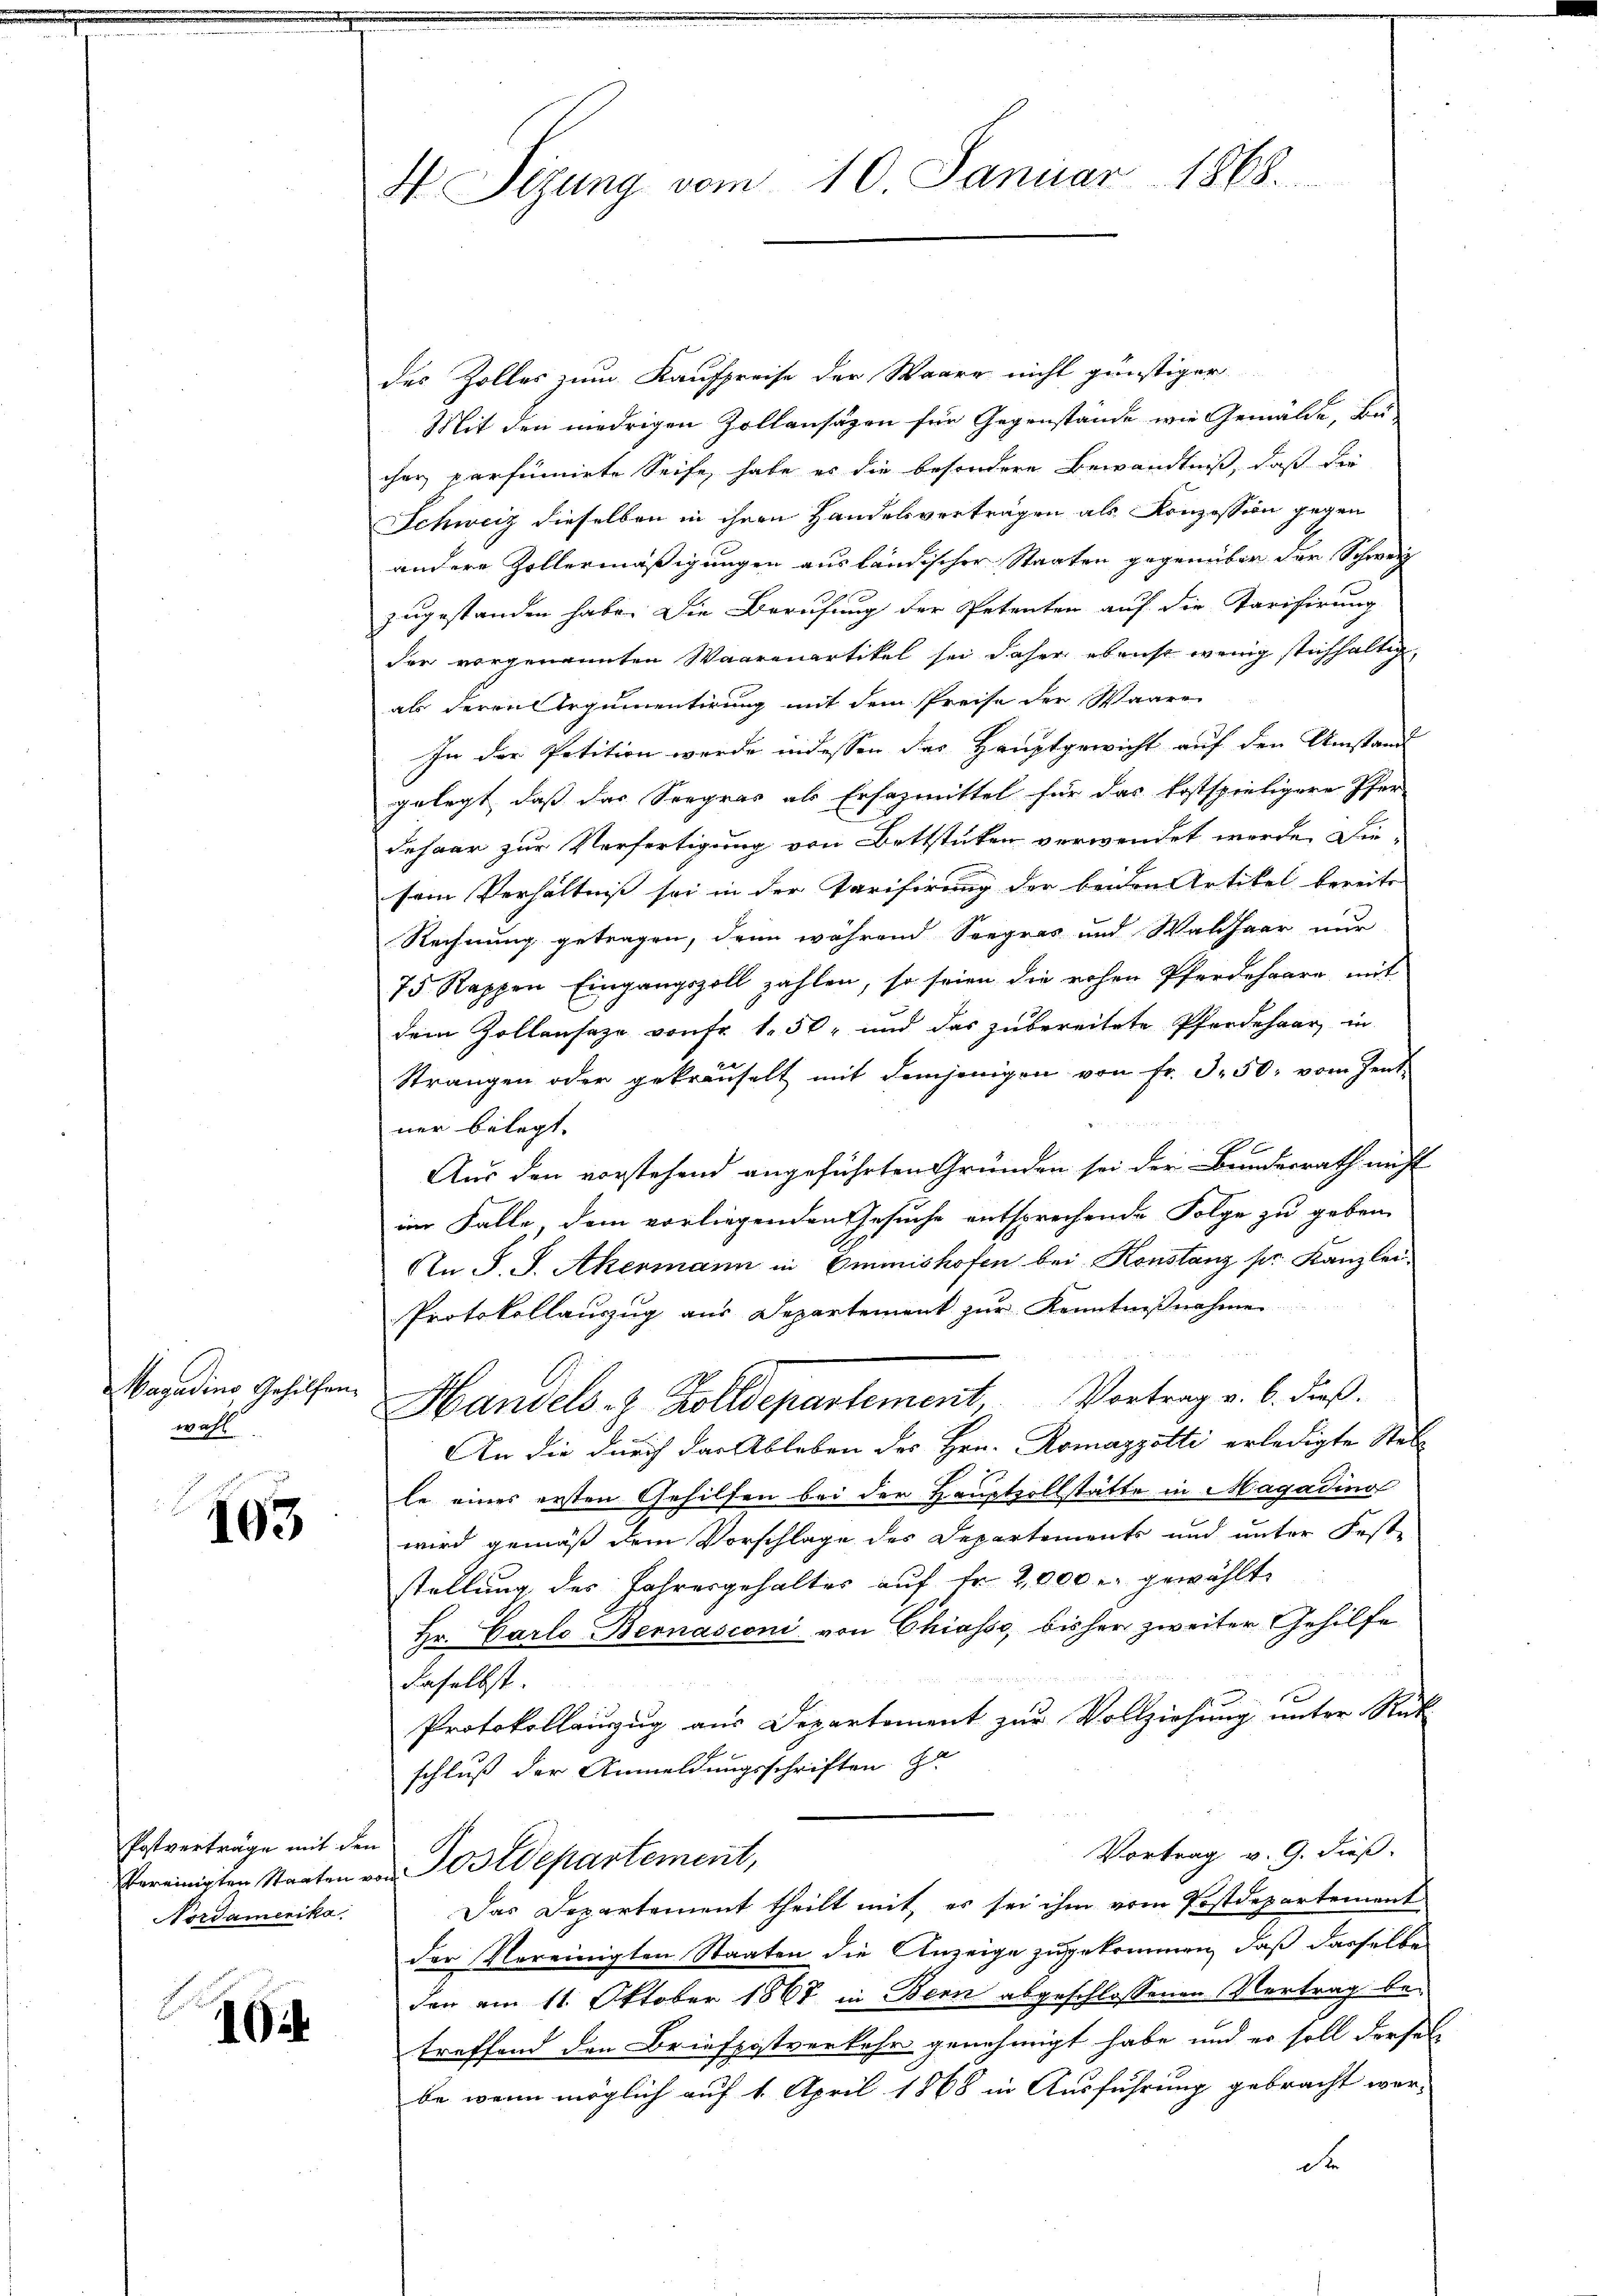
Vagadino Gehilfen.
wohl

163

Postverträge mit den
Nordamerika,

104

H Sizung vom 10. Januar 1868.

des Zolles zum Kaufpreise der Waare nicht günstiger
Mit den niedrigen Zollansagen für Gegenstände wie Gemälde, Becher parfumirte Seife, habe es die besondere Bewandtniß, daß die
Schweiz dieselben in ihren Handelsverträgen als Konzession gegen
andere Zollermäßigungen ausländischer Staaten gegenüber der Schweiz
zugestanden habe. Die Berufung der Petenten auf die Tarifirung
der vorgenannten Waarenartikel sei daher ebenso wenig stichhaltig,
als deren Argumentirung mit dem Preise der Waare
In der Petition werde indessen der Hauptgewicht auf den Umstand
gelegt, daß das Seegras als Ersazmittel für das Postspieligere Pfer
dehaar zur Verfertigung von Bettstücken verwendet werde. Die-
sein Verhältnis sei in der Tarifirung der beiden Artikel bereits
Rechnung getragen, denn während Seegras und Waldhaar nur
75 Rappen Eingangszoll zahlen, so seien die rohen Pferdehaare mit
dem Zollansaze von Fr. 1.50 und das zubereitete Pferdehaar, in
Strangen oder gekräuselt mit demjenigen von Fr. 350, vom Zent
ner belegt.
Aus den vorstehend angeführten Gründen sei der Bundesrath nicht
im Falle, dem vorliegenden Gesuche entsprechende Folge zu geben.
An S. S. Akermann in Emmishofen bei Konstanz pr. Kanzlei.
Protokollauszug aus Departement zŭr Kenntnißnahmen
Handels- & Zolldepartement, Vortrag v. 6. dieß.
An die durch das Ableben des Hrn. Romazzotti erledigte Stell
le eines ersten Gehilfen bei der Hauptvollstätte in Magadino
wird gemäß dem Vorschlage des Departements und unter Fest-
stellung des Jahresgehaltes auf Fr. 2,000 gewählt
Hr. Carlo Bernasconi von Chiasso, bisher zweiter Gehilfe
daselbst.
Protokollenzug aus Departement zur Vollziehung unter Rück
1
schluß der Anmeldungsschriften G
Vortrag v. 9. dieß.
vereinigten Staaten von Postdepartement,
Das Departement theilt mit, es sei ihm vom Postdepartement
der Vereinigten Staaten die Anzeige zugekommen, daß dasselbe
den am 11. Oktober 1868 in Bern abgeschlossenen Vertrag betreffend den Briefpostverkehr genehmigt habe und er soll dersel
be wenn möglich auf 1. April 1868 in Ausführung gebracht wer-
de